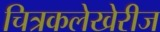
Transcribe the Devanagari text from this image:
चित्रकलेखेरीज